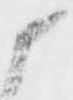
候